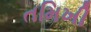
તમિખી